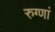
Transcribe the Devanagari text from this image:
रुग्णां